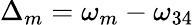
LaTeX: {\Delta_{m}}={\omega_{m}}-{\omega_{34}}